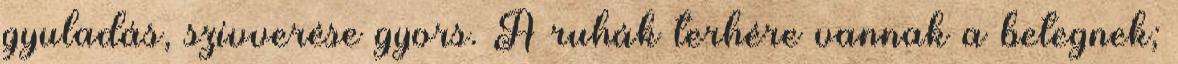
gyuladás, szívverése gyors. A ruhák terhére vannak a betegnek;